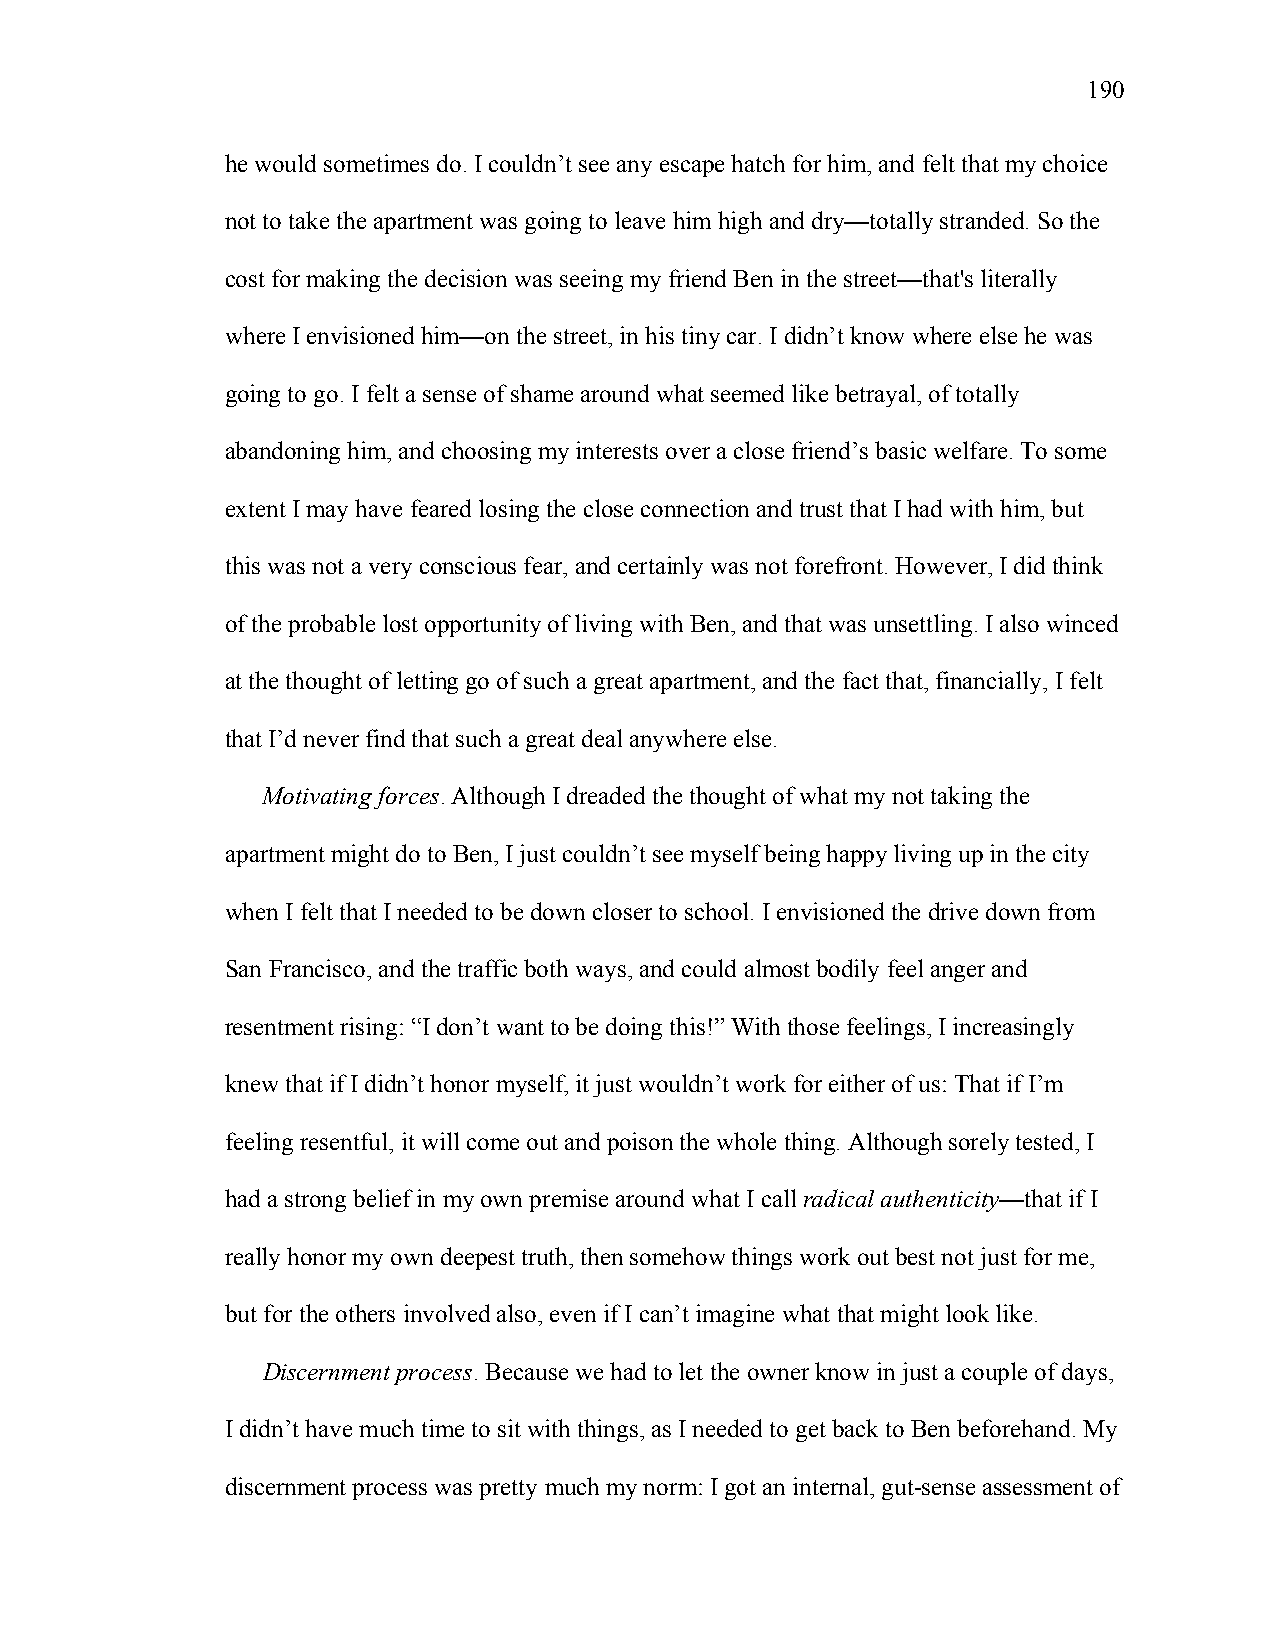
190
 he would sometimes do. I couldn’t see any escape hatch for him, and felt that my choice
 not to take the apartment was going to leave him high and dry—totally stranded. So the
 cost for making the decision was seeing my friend Ben in the street—that's literally
 where I envisioned him—on the street, in his tiny car. I didn’t know where else he was
 going to go. I felt a sense of shame around what seemed like betrayal, of totally
 abandoning him, and choosing my interests over a close friend’s basic welfare. To some
 extent I may have feared losing the close connection and trust that I had with him, but
 this was not a very conscious fear, and certainly was not forefront. However, I did think
 of the probable lost opportunity of living with Ben, and that was unsettling. I also winced
 at the thought of letting go of such a great apartment, and the fact that, financially, I felt
 that I’d never find that such a great deal anywhere else.
 Motivating forces. Although I dreaded the thought of what my not taking the
 apartment might do to Ben, I just couldn’t see myself being happy living up in the city
 when I felt that I needed to be down closer to school. I envisioned the drive down from
 San Francisco, and the traffic both ways, and could almost bodily feel anger and
 resentment rising: “I don’t want to be doing this!” With those feelings, I increasingly
 knew that if I didn’t honor myself, it just wouldn’t work for either of us: That if I’m
 feeling resentful, it will come out and poison the whole thing. Although sorely tested, I
 had a strong belief in my own premise around what I call radical authenticity—that if I
 really honor my own deepest truth, then somehow things work out best not just for me,
 but for the others involved also, even if I can’t imagine what that might look like.
 Discernment process. Because we had to let the owner know in just a couple of days,
 I didn’t have much time to sit with things, as I needed to get back to Ben beforehand. My
 discernment process was pretty much my norm: I got an internal, gut-sense assessment of